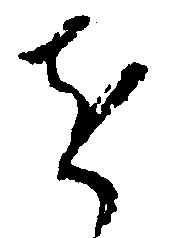
を